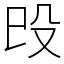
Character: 㱼